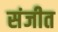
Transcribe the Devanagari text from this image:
संजीत